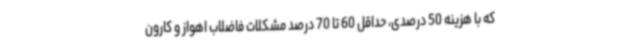
که با هزینه‌ 50 درصدی، حداقل 60 تا 70 درصد مشکلات فاضلاب اهواز و کارون